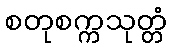
စတုစက္ကသုတ္တံ